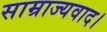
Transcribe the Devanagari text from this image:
साम्राज्यवाद।